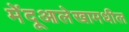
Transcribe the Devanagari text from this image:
मेंदूआलेखामधील